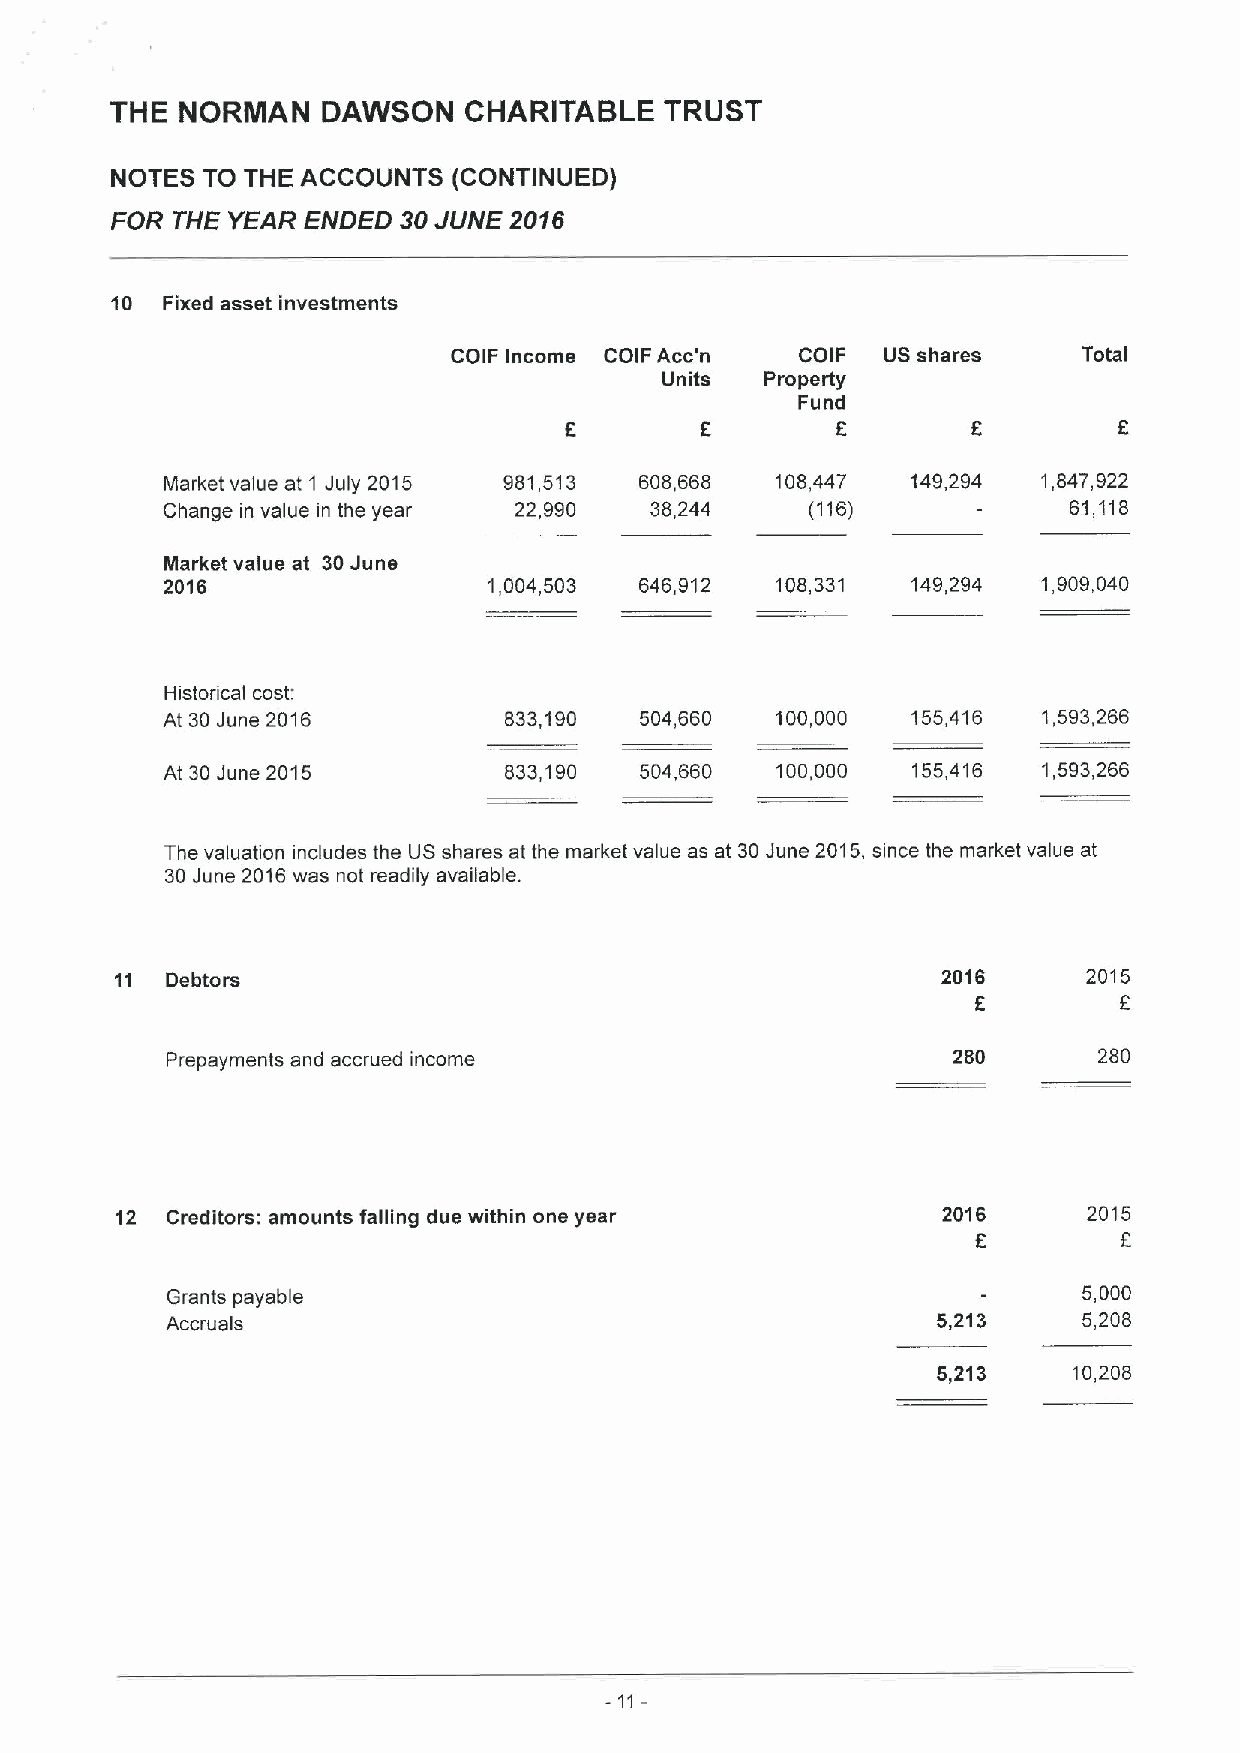
THE  NORMAN   DAWSON    CHARITABLE   TRUST
 NOTES TO THE ACCOUNTS  (CONTINUED)
 FOR THE YEAR ENDED 30JUNE  2016
 10  Fixed asset investments
 COIF Income COIF Acc'n COIF US shares     Total
 Units  Property
 Fund
 E                 E         E
 Market value at 1 July 2015 981,513 608,668 108,447 149,294 1,847,922
 Change in value in the year 22,990 38,244  (116)      —     61,118
 Market value at 30June
 2016                 1,004,503 646,912  108,331  149,294  1,909,040
 Historical cost.
 At 30June 2016        833,190  504,660  100,000  155,416  1,593,266
 At 30June 2015        833,190  504,660  100,000  155,416  1,593,266
 The valuation includes the US shares at the market value as at 30June 2015,since the market value at
 30June 2016was not readily available.
 11 Debtors                                            2016      2015
 E
 Prepayments and accrued income                      280       280
 12 Creditors: amounts falling due within one year     2016      2015
 f
 E
 Grants payable                                               5,000
 Accruals                                           5,213     5,208
 5,213    10,208
 - 11